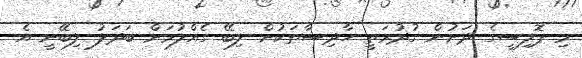
މި ޕޮލިސީގެ ދަށުން ގުދުރަތީ ހާދިސާތަކުން ލިބޭ ގެއްލުމަށް ބަދަލު ލިބޭނީ އެ